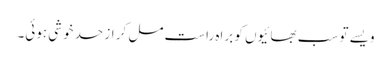
ویسے تو سب بھائیوں کو براہ راست مل کر از حد خوشی ہوئی۔